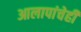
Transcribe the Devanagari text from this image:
आलापांचेही